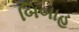
બિબાહ